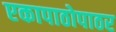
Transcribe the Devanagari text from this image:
एकापाठोपाठर